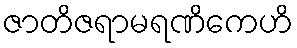
ဇာတိဇရာမရဏိကေဟိ